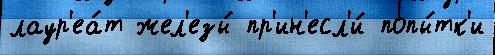
лаур'еа́т жел'езы́ пр'ин'есл'и́ попы́тк'и